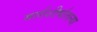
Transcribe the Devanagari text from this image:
मार्गशीर्षातल्या